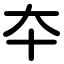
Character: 夲